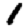
Digit: 1